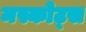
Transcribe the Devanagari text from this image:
मस्कोट्स